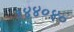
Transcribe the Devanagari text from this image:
१४४०४०